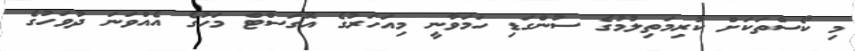
މި ކޯސްތަކަށް ކުރިމަތިލުމުގެ ސުންގަޑި ހަމަވާނީ މިއަހަރުގެ އޮގަސްޓް މަހުގެ އެއްވަނަ ދުވަހުގެ